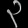
Digit: ၃